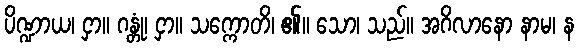
ပိဏ္ဍာယ၊ ငှာ။ ဂန္တုံ၊ ငှာ။ သက္ကောတိ၊ ၏။ သော၊ သည်။ အဂိလာနော နာမ၊ န